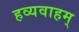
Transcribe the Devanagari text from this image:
हव्यवाहम्